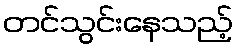
တင်သွင်းနေသည့်